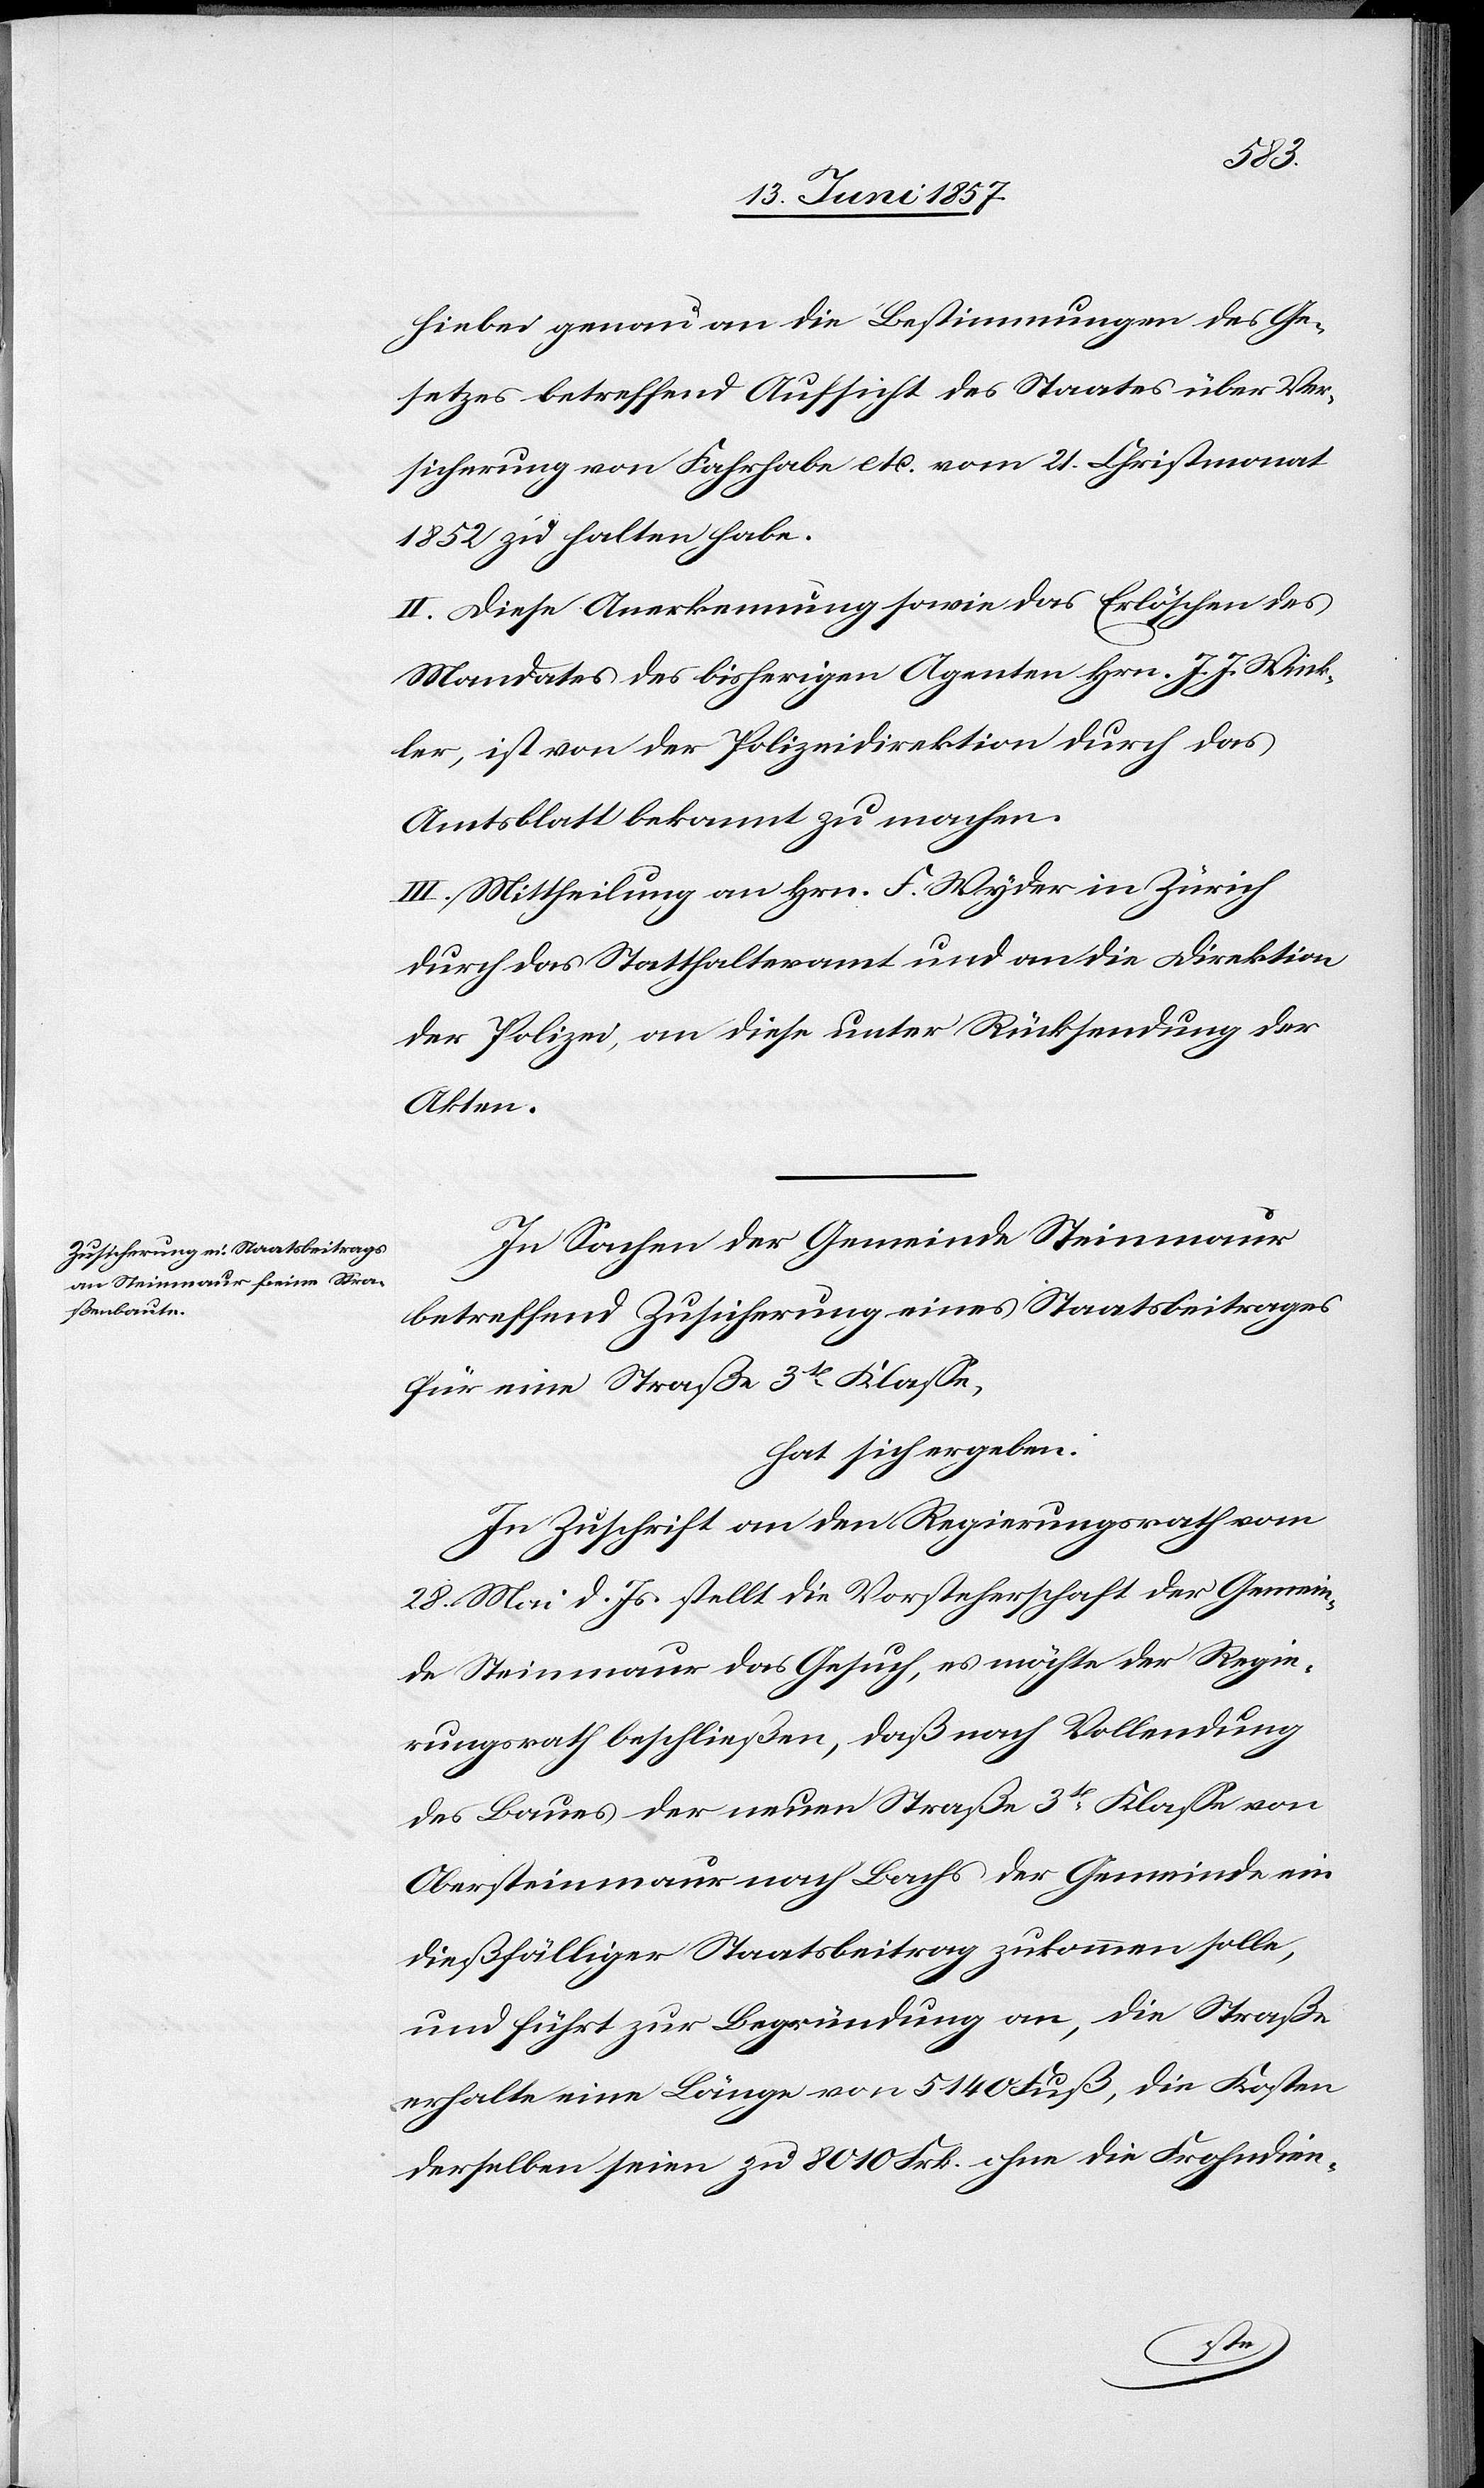
hiebei genau an die Bestimmungen des Ge¬
setzes betreffend Aufsicht des Staates über Ver¬
sicherung von Fahrhabe etc. vom 21 Christmonat
1852 zu halten habe.
II. Diese Anerkennung sowie das Erlöschen des
Mandates des bisherigen Agenten Hrn. J. J. Wink¬
ler, ist von der Polizeidirektion durch das
Amtsblatt bekannt zu machen.
III. Mittheilung an Hrn. F. Wyder in Zürich
durch das Statthalteramt und an die Direktion
der Polizei, an diese unter Rücksendung der
Akten.
In Sachen der Gemeinde Steinmaur
betreffend Zusicherung eines Staatsbeitrages
für eine Straße 3tr Klasse,
hat sich ergeben:
In Zuschrift an den Regierungsrath vom
28 Mai d. Js. stellt die Vorsteherschaft der Gemein¬
de Steinmaur das Gesuch, es möchte der Regie¬
rungsrath beschließen, daß nach Vollendung
des Baues der neuen Straße 3tr Klasse von
Obersteinmaur nach Bachs der Gemeinde ein
dießfälliger Staatsbeitrag zukommen solle,
und führt zur Begründung an, die Straße
erhalte eine Länge von 5 140 Fuß, die Kosten
derselben seien zu 8 010 Frk. ohne die Frohndie-